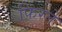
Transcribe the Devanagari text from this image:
फ़िरते